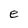
Character: e